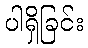
ပါရှိခြင်း